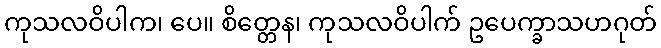
ကုသလဝိပါက၊ ပေ။ စိတ္တေန၊ ကုသလဝိပါက် ဥပေက္ခာသဟဂုတ်